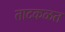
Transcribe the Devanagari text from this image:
ताटकळत